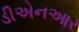
ડીએનઆર